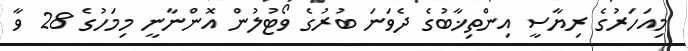
މިއަހަރުގެ ރިޔާސީ އިންތިޚާބުގެ ދެވަނަ ބުރުގެ ވޯޓުލުން އޮންނާނީ މިމަހުގެ 28 ވާ